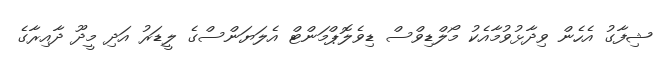
ޝިފާގު އެހެން ވިދާޅުވުމާއެކު މޯލްޑިވްސް ޑިވެލޮޕްމަންޓް އެލަޔަންސްގެ ލީޑަރު އަދި މީދޫ ދާއިރާގެ